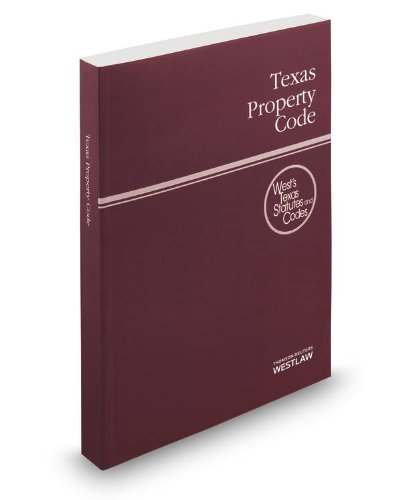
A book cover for Texas Property Code, 2014 ed. (West'sÂ® Texas Statutes and Codes); Thomson West; Law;